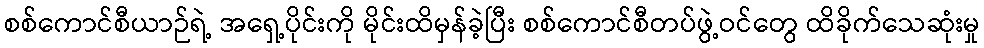
စစ်ကောင်စီယာဉ်ရဲ့ အရှေ့ပိုင်းကို မိုင်းထိမှန်ခဲ့ပြီး စစ်ကောင်စီတပ်ဖွဲ့ဝင်တွေ ထိခိုက်သေဆုံးမှု